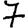
Digit: 7